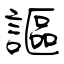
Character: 謳